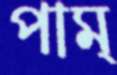
পাম্